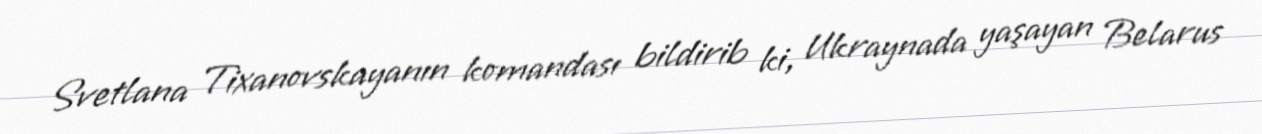
Svetlana Tixanovskayanın komandası bildirib ki, Ukraynada yaşayan Belarus